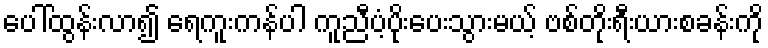
ပေါ်ထွန်းလာ၍ ရေကူးကန်ပါ ကူညီပံ့ပိုးပေးသွားမယ့် ဗစ်တိုးရီးယားစခန်းကို